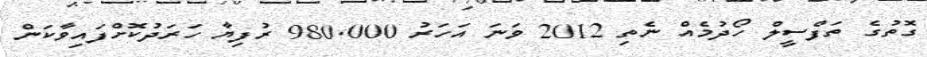
ގޮތުގެ ތަފްސީލް ހޯދުމެއް ނެތި 2012 ވަނަ އަހަރު 980